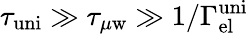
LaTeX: \tau_{\mathrm{uni}}\gg\tau_{\mu\mathrm{w}}\gg 1/\Gamma_{\mathrm{el}}^{\mathrm{uni}}